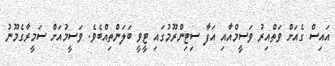
އައިސް ގެއަށް ވަތްއިރު ވަސީމްއާއި އަފާ ސިޓިންރޫމުގައި ޓީވީ ބަލަންތިއްބެވެ. ވަސީމުއަށް ސަމީރާގެމޫނު